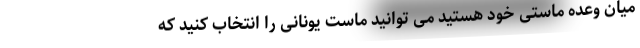
میان وعده ماستی خود هستید می توانید ماست یونانی را انتخاب کنید که